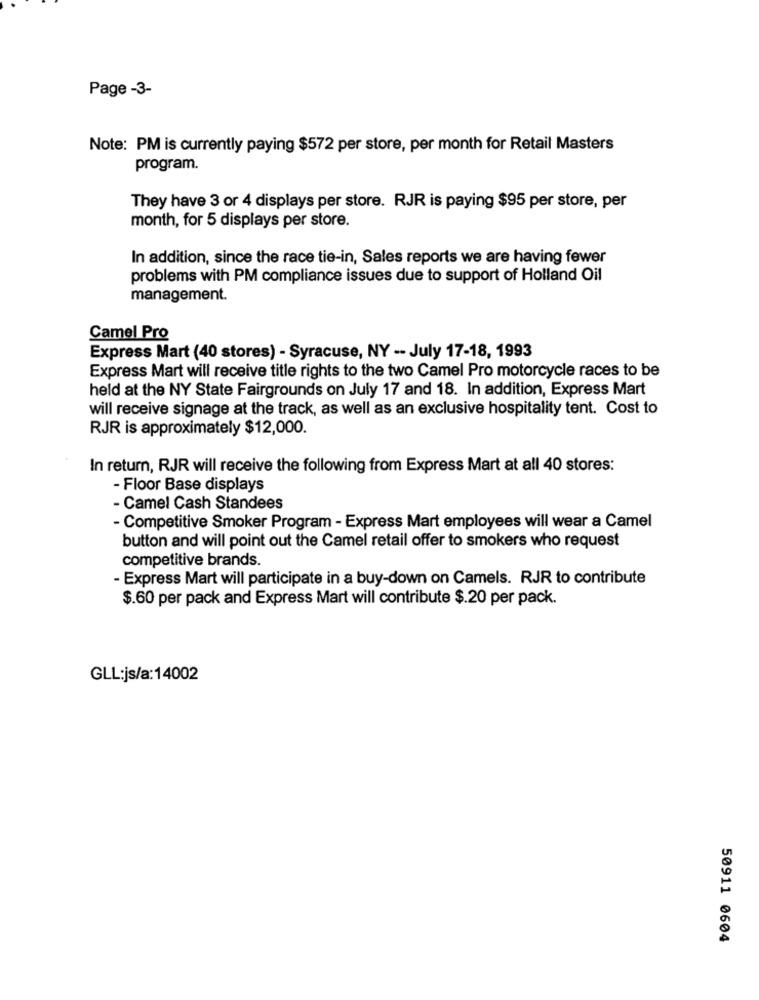
Page -3-
Note: PM is currently paying $572 per store, per month for Retail Masters
program.
They have 3 or 4 displays per store. RJR is paying $95 per store, per
month, for 5 displays per store.
In addition, since the race tie-in, Sales reports we are having fewer
problems with PM compliance issues due to support of Holland Oil
management.
Camel Pro
Express Mart (40 stores) - Syracuse, NY -- July 17-18, 1993
Express Mart will receive title rights to the two Camel Pro motorcycle races to be
held at the NY State Fairgrounds on July 17 and 18. In addition, Express Mart
will receive signage at the track, as well as an exclusive hospitality tent. Cost to
RJR is approximately $12,000.
In return, RJR will receive the following from Express Mart at all 40 stores:
- Floor Base displays
- Camel Cash Standees
- Competitive Smoker Program - Express Mart employees will wear a Camel
button and will point out the Camel retail offer to smokers who request
competitive brands.
- Express Mart will participate in a buy-down on Camels. RJR to contribute
$.60 per pack and Express Mart will contribute $.20 per pack.
GLL:js/a:14002
50911 0604